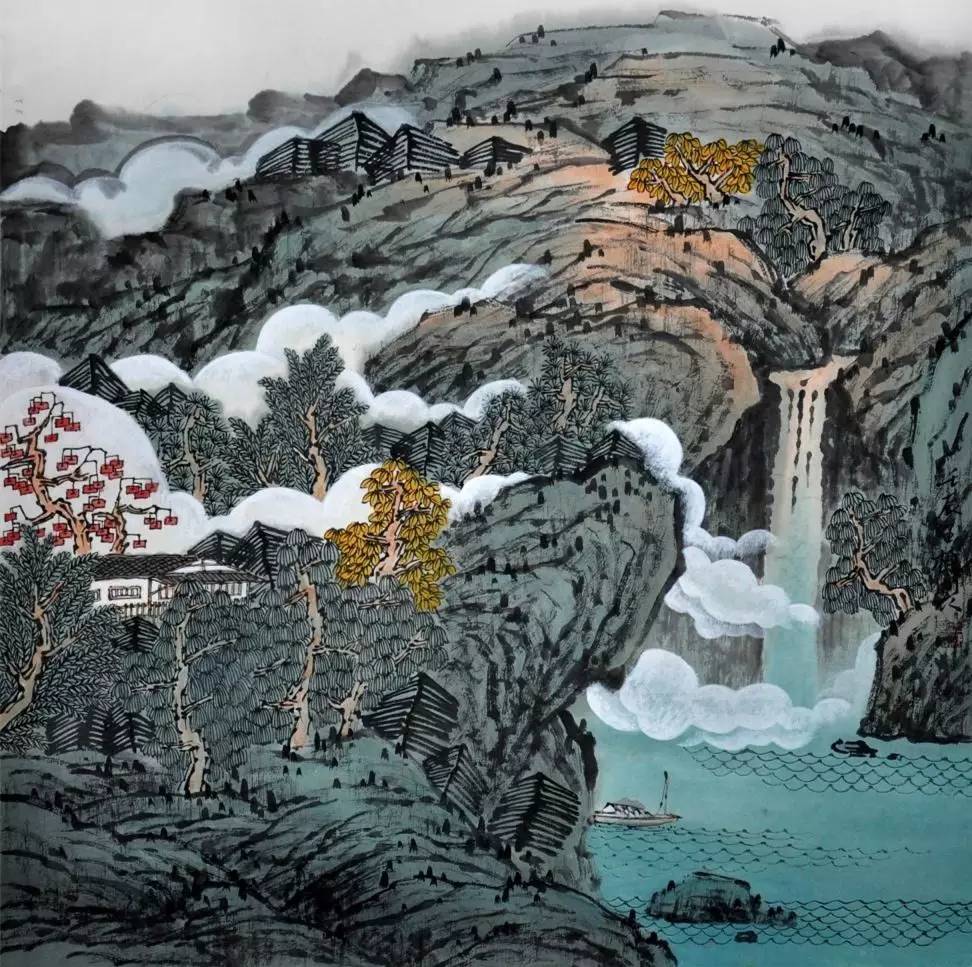
江上小堂巢翡翠，苑边高冢卧麒麟。